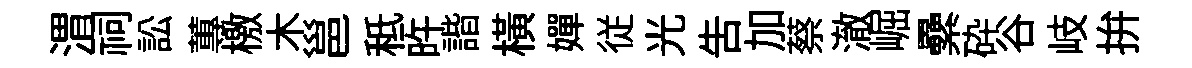
渭祠訟蓴檄木邕秪旿諧橫嬋従光吿加蔡澈崛纍砕谷岐拚